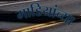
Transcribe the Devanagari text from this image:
माडियांच्या